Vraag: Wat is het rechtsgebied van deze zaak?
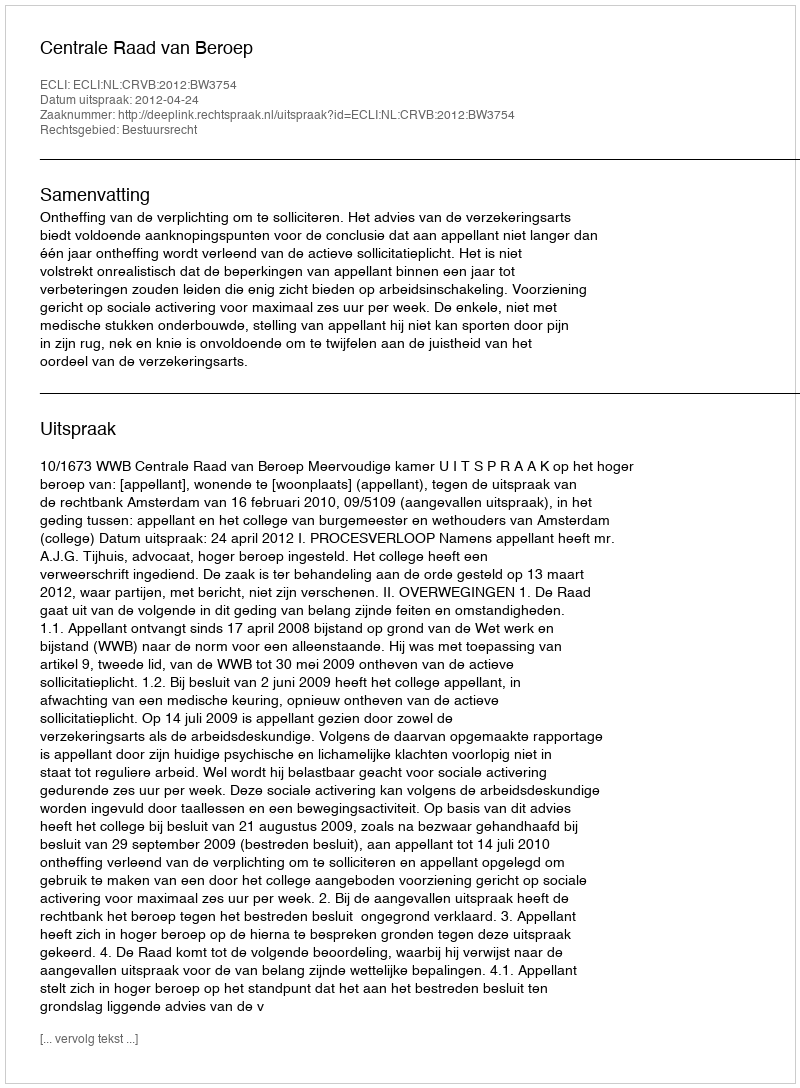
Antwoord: Bestuursrecht